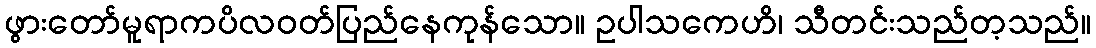
ဖွားတော်မူရာကပိလဝတ်ပြည်နေကုန်သော။ ဥပါသကေဟိ၊ သီတင်းသည်တ့သည်။